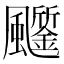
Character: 𩙗